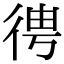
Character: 𢓳